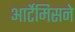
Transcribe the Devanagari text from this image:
आर्टेमिसने